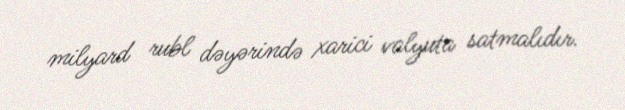
milyard rubl dəyərində xarici valyuta satmalıdır.